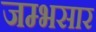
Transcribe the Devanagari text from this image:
जम्भसार